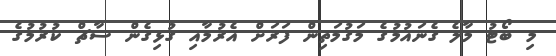
މި ބޯޓު މާލެ ގެނައުމުގެ މަގުމަތިން ފަރަށް އެރުމާއި ގުޅިގެން ސާޗް ކުރުމުގެ